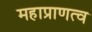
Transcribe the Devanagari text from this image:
महाप्राणत्व